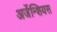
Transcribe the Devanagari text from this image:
अर्जेन्शियस